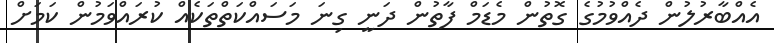
އެއްބާރުލުން ދެއްވުމުގެ ގޮތުން މެޑަމް ފާތުން ދަނީ ގިނަ މަސައްކަތްތަކެއް ކުރައްވަމުން ކަމަށް